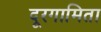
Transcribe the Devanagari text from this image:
दूरगामिता